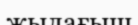
жылағыш